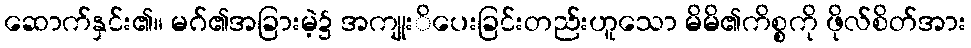
ဆောက်နှင်း၏။ မဂ်၏အခြားမဲ့၌ အကျုးိပေးခြင်းတည်းဟူသော မိမိ၏ကိစ္စကို ဖိုလ်စိတ်အား